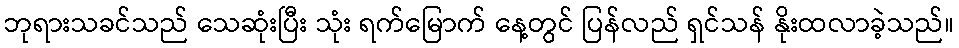
ဘုရားသခင်သည် သေဆုံးပြီး သုံး ရက်မြောက် နေ့တွင် ပြန်လည် ရှင်သန် နိုးထလာခဲ့သည်။